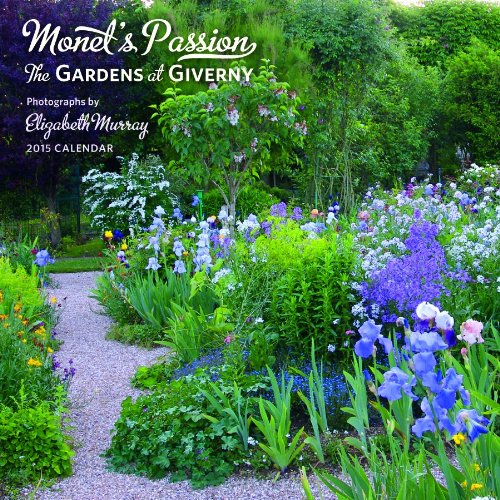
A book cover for Monet's Passion The Gardens at Giverny 2015 Calendar; Calendars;